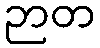
ဉာတ